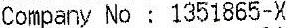
COMPANY NO : 1351865-X